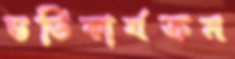
ভর্তিকার্যক্রম